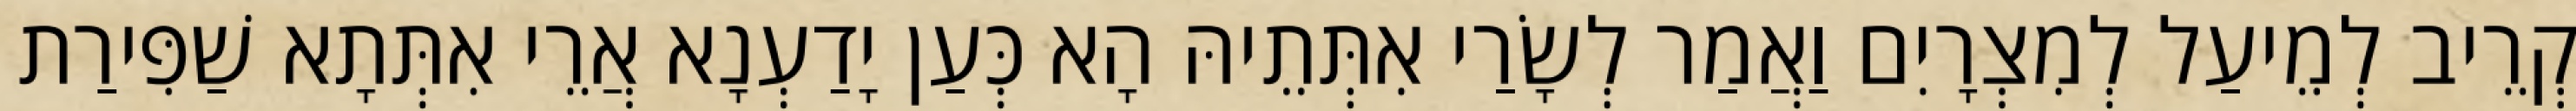
קְרֵיב לְמֵיעַל לְמִצְרָיִם וַאֲמַר לְשָׂרַי אִתְּתֵיהּ הָא כְּעַן יָדַעְנָא אֲרֵי אִתְּתָא שַׁפִּירַת